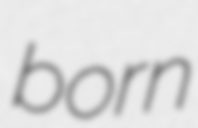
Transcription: born